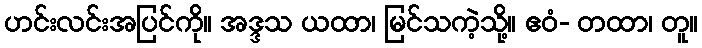
ဟင်းလင်းအပြင်ကို။ အဒ္ဒသ ယထာ၊ မြင်သကဲ့သို့။ ဧဝံ- တထာ၊ တူ။